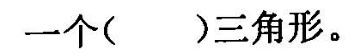
一个( )三角形。